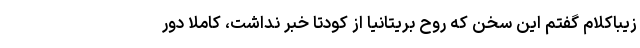
زیباکلام گفتم این سخن که روح بریتانیا از کودتا خبر نداشت، کاملا دور